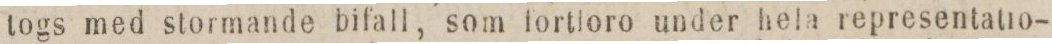
togs med stormande bifall, som fortioro under hela representatio-